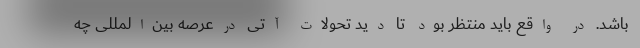
باشد. در واقع باید منتظر بود تا دید تحولات آتی درعرصه بین‌المللی چه